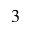
_ 3